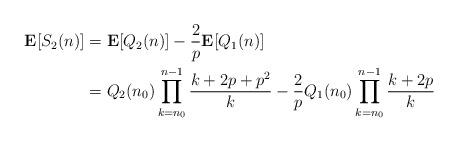
LaTeX: \begin{align*} \mathbf E[S_2(n)] & = \mathbf E[Q_2(n)] - \frac{2}{p}\mathbf E[Q_1(n)] \\ & = Q_2(n_0) \prod_{k=n_0}^{n-1} \frac{k + 2p + p^2}{k} - \frac{2}{p}Q_1(n_0)\prod_{k=n_0}^{n-1} \frac{k + 2p}{k} \end{align*}